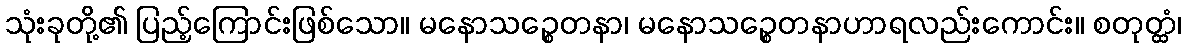
သုံးခုတို့၏ ပြည့်ကြောင်းဖြစ်သော။ မနောသဉ္စေတနာ၊ မနောသဉ္စေတနာဟာရလည်းကောင်း။ စတုတ္ထံ၊